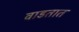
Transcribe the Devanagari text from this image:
वाडतात